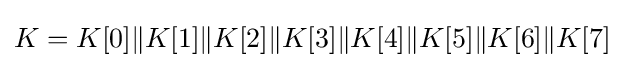
K=K[0]\|K[1]\|K[2]\|K[3]\|K[4]\|K[5]\|K[6]\|K[7]